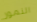
النمور